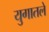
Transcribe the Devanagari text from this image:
युगातले